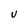
Character: U